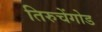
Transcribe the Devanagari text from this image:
तिरुचेंगोड